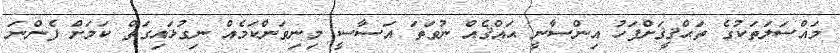
މައްސަލަތަކުގެ ތަޙްޤީޤަށްފަހު އިންސާނީ ޙައްޤެއް ނުވަތަ އަސާސީ މިނިވަންކަމެއް ނިގުޅައިގަތް ކަމަށް ފެންނަ